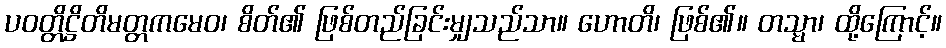
ပဝတ္တိဋ္ဌိတိမတ္တကမေဝ၊ စိတ်၏ ဖြစ်တည်ခြင်းမျှသည်သာ။ ဟောတိ၊ ဖြစ်၏။ တသ္မာ၊ ထို့ကြောင့်။